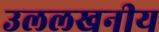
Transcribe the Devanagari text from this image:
उललखनीय